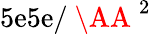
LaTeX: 5\mathrm{e}5\mathrm{e}/\mathrm{{~\AA~}}^{2}